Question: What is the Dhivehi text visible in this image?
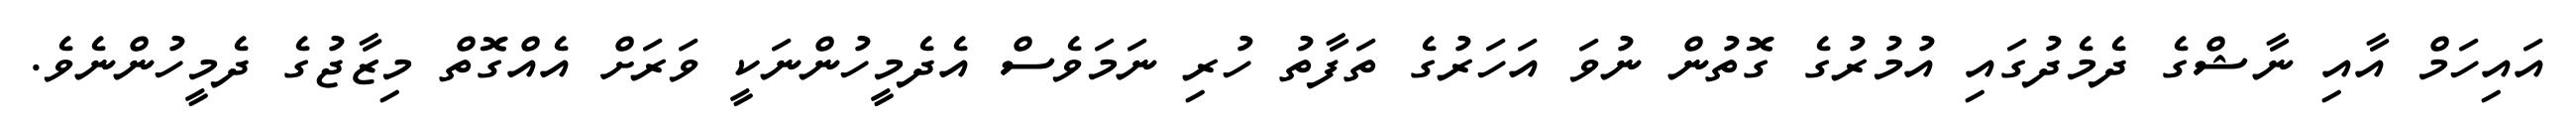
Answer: އައިހަމް އާއި ނާޝްގެ ދެމެދުގައި އުމުރުގެ ގޮތުން ނުވަ އަހަރުގެ ތަފާތު ހުރި ނަމަވެސް އެދެމީހުންނަކީ ވަރަށް އެއްގޮތް މިޒާޖުގެ ދެމީހުންނެވެ.